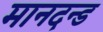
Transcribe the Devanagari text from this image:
मानदन्ड